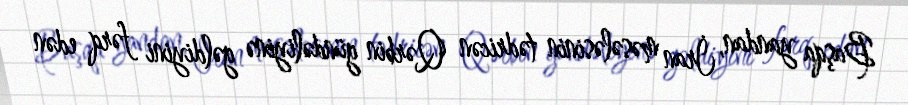
Başqa yandan, İran məsələsinin tədricən Qərbin gündəliyinə gəldiyini fərq edən